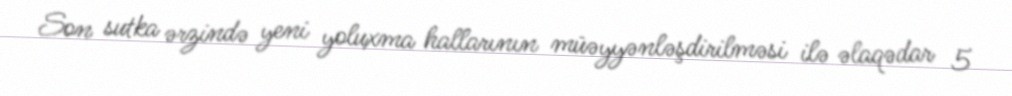
Son sutka ərzində yeni yoluxma hallarının müəyyənləşdirilməsi ilə əlaqədar 5